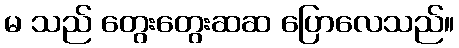
မ သည် တွေးတွေးဆဆ ပြောလေသည်။